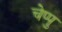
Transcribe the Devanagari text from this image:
चेप्पु